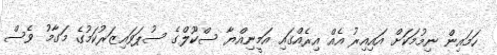
ހަމައިން ނިމުމަކަށް އައިއިރު އެއް އިރެއްގައި އަމީނިއްޔާ ސްކޫލްގެ ސުޕަވައިޒަރުކަމުގެ މަގާމު ވެސް